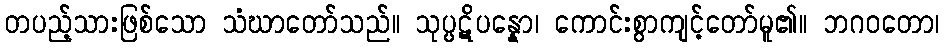
တပည့်သားဖြစ်သော သံဃာတော်သည်။ သုပ္ပဋိပန္နော၊ ကောင်းစွာကျင့်တော်မူ၏။ ဘဂဝတော၊